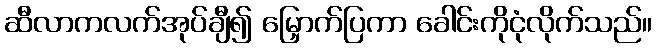
ဆီလာကလက်အုပ်ချီ၍ မြှောက်ပြကာ ခေါင်းကိုငုံလိုက်သည်။